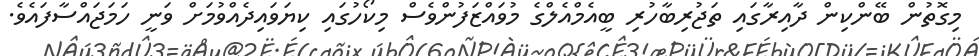
މިގޮތުން ބޭންކިން ދާއިރާގައި ތަޖުރިބާހުރި ބީއެމްއެލްގެ މުވައްޒަފުންވެސް މިކޯހުގައި ކިޔަވައިދެއްވުމަށް ވަނީ ހަމަޖައްސާފައެވެ.